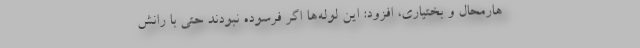
هارمحال و بختیاری، افزود: این لوله‌ها اگر فرسوده نبودند حتی با رانش